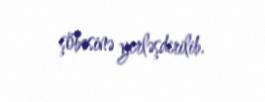
şöbəsinə yerləşdirilib.